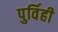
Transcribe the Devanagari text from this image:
पुर्विही